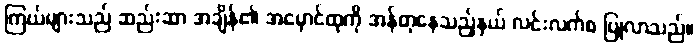
ကြယ်များသည် ဆည်းဆာ အချိန်၏ အမှောင်ထုကို အန်တုနေသည့်နှယ် လင်းလက်စ ပြုလာသည်။